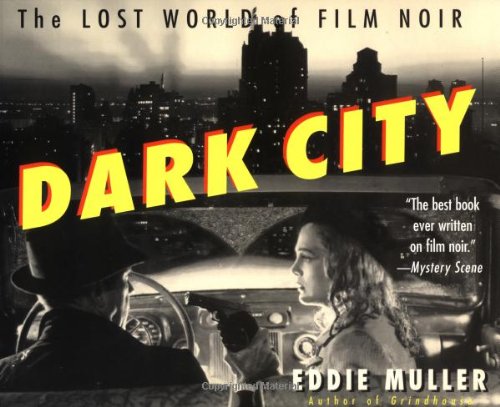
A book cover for Dark City: The Lost World of Film Noir; Eddie Muller; Humor & Entertainment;